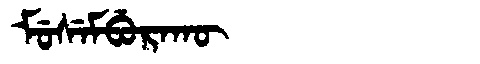
Manchu: ᠮᡠᠰᡝᠮᠪᡠᡵᠠᡴᡡ
Romanization: MUSEMBURAKŪ